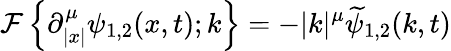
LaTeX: {\mathcal{F}}\left\{ \partial_{|x|}^{\mu}\psi_{1,2}(x,t);k\right\} =-|k|^{\mu}\widetilde{\psi}_{1,2}(k,t)